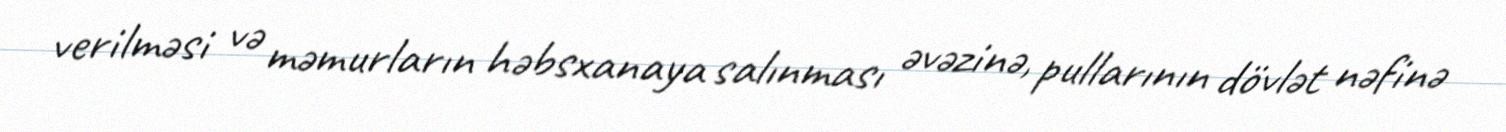
verilməsi və məmurların həbsxanaya salınması əvəzinə, pullarının dövlət nəfinə